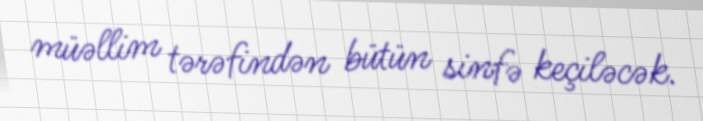
müəllim tərəfindən bütün sinfə keçiləcək.